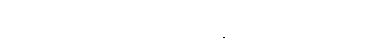
ဤစဉ်တွင် သူတို့ရှိရာ မမျှော်လင့်ဘဲနှင့် မဂမ်ရောက်လာသည်။